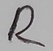
Text: R